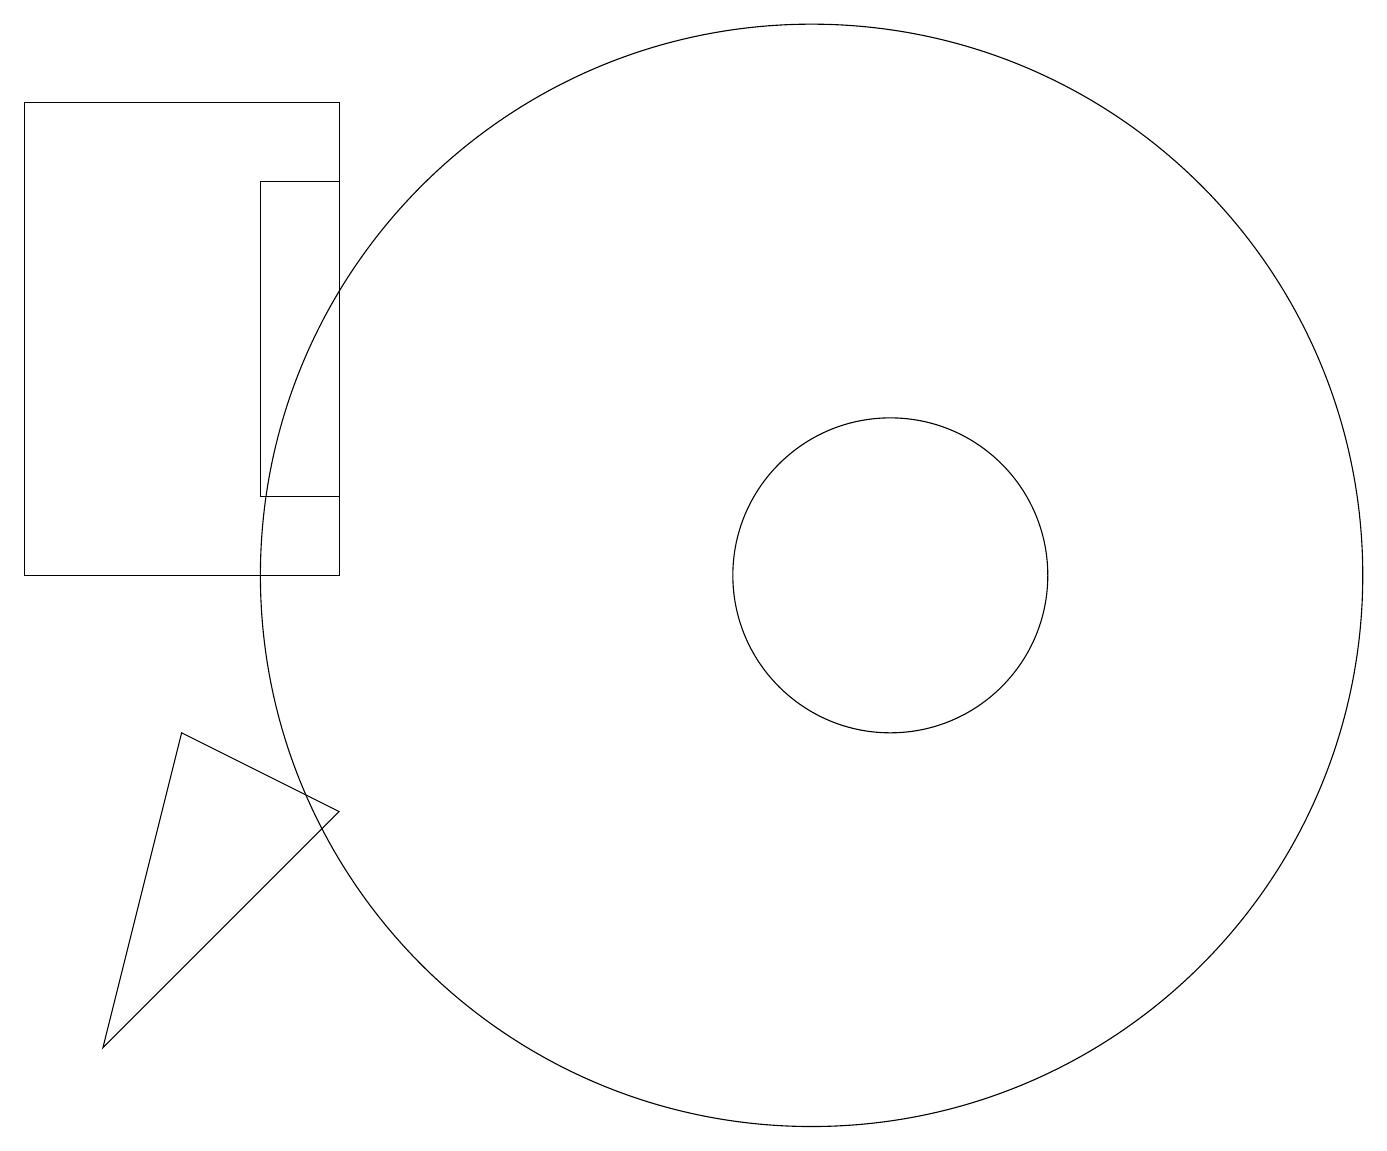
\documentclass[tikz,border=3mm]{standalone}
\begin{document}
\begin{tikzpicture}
\draw (1,4) -- (4,7) -- (2,8) -- cycle;
\draw (11,10) circle (2);
\draw (0,10) rectangle (4,16);
\draw (10,10) circle (7);
\draw (3,15) rectangle (4,11);
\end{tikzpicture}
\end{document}